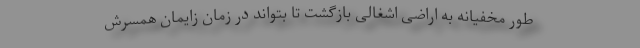
‌طور مخفیانه به اراضی اشغالی بازگشت تا بتواند در زمان زایمان همسرش